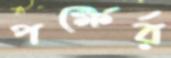
পক্ষের্র